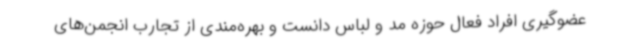
عضوگیری افراد فعال حوزه مد و لباس دانست و بهره‌مندی از تجارب انجمن‌های